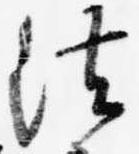
法